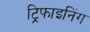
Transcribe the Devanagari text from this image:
ट्रिफाइनिंग